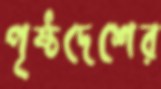
পৃষ্ঠদেশের